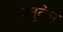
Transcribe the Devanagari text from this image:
मानुवेल